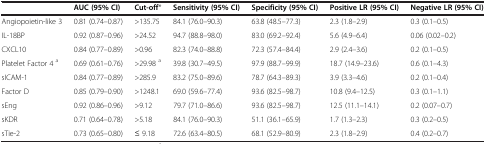
<table><thead><tr><td><b> </b></td><td><b>AUC (95% CI)</b></td><td><b>Cut-off*</b></td><td><b>Sensitivity (95% CI)</b></td><td><b>Specificity (95% CI)</b></td><td><b>Positive LR (95% CI)</b></td><td><b>Negative LR (95% CI)</b></td></tr></thead><tbody><tr><td>Angiopoietin-like 3</td><td>0.81 (0.74–0.87)</td><td>&gt;135.75</td><td>84.1 (76.0–90.3)</td><td>63.8 (48.5–77.3)</td><td>2.3 (1.8–2.9)</td><td>0.3 (0.1–0.5)</td></tr><tr><td>IL-18BP</td><td>0.92 (0.87–0.96)</td><td>&gt;24.52</td><td>94.7 (88.8–98.0)</td><td>83.0 (69.2–92.4)</td><td>5.6 (4.9–6.4)</td><td>0.06 (0.02–0.2)</td></tr><tr><td>CXCL10</td><td>0.84 (0.77–0.89)</td><td>&gt;0.96</td><td>82.3 (74.0–88.8)</td><td>72.3 (57.4–84.4)</td><td>2.9 (2.4–3.6)</td><td>0.2 (0.1–0.5)</td></tr><tr><td>Platelet Factor 4 <sup>a</sup></td><td>0.69 (0.61–0.76)</td><td>&gt;29.98 <sup>a</sup></td><td>39.8 (30.7–49.5)</td><td>97.9 (88.7–99.9)</td><td>18.7 (14.9–23.6)</td><td>0.6 (0.1–4.3)</td></tr><tr><td>sICAM-1</td><td>0.84 (0.77–0.89)</td><td>&gt;285.9</td><td>83.2 (75.0–89.6)</td><td>78.7 (64.3–89.3)</td><td>3.9 (3.3–4.6)</td><td>0.2 (0.1–0.4)</td></tr><tr><td>Factor D</td><td>0.85 (0.79–0.90)</td><td>&gt;1248.1</td><td>69.0 (59.6–77.4)</td><td>93.6 (82.5–98.7)</td><td>10.8 (9.4–12.5)</td><td>0.3 (0.1–1.1)</td></tr><tr><td>sEng</td><td>0.92 (0.86–0.96)</td><td>&gt;9.12</td><td>79.7 (71.0–86.6)</td><td>93.6 (82.5–98.7)</td><td>12.5 (11.1–14.1)</td><td>0.2 (0.07–0.7)</td></tr><tr><td>sKDR</td><td>0.71 (0.64–0.78)</td><td>&gt;5.18</td><td>84.1 (76.0–90.3)</td><td>51.1 (36.1–65.9)</td><td>1.7 (1.3–2.3)</td><td>0.3 (0.2–0.5)</td></tr><tr><td>sTie-2</td><td>0.73 (0.65–0.80)</td><td>≤ 9.18</td><td>72.6 (63.4–80.5)</td><td>68.1 (52.9–80.9)</td><td>2.3 (1.8–2.9)</td><td>0.4 (0.2–0.7)</td></tr></tbody></table>